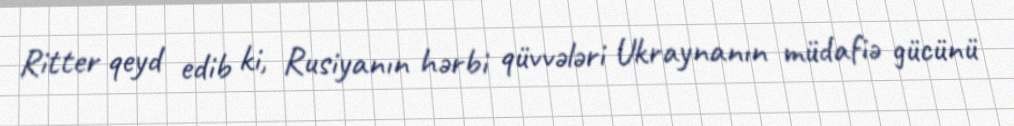
Ritter qeyd edib ki, Rusiyanın hərbi qüvvələri Ukraynanın müdafiə gücünü